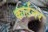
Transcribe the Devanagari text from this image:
कार्टनर